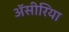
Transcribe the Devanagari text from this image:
ॲसीरिया